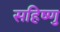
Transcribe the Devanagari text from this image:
सहिष्‍णु